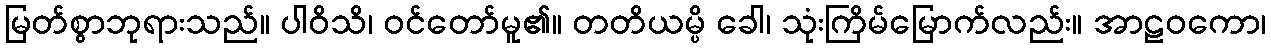
မြတ်စွာဘုရားသည်။ ပါဝိသိ၊ ဝင်တော်မူ၏။ တတိယမ္ပိ ခေါ၊ သုံးကြိမ်မြောက်လည်း။ အာဠဝကော၊